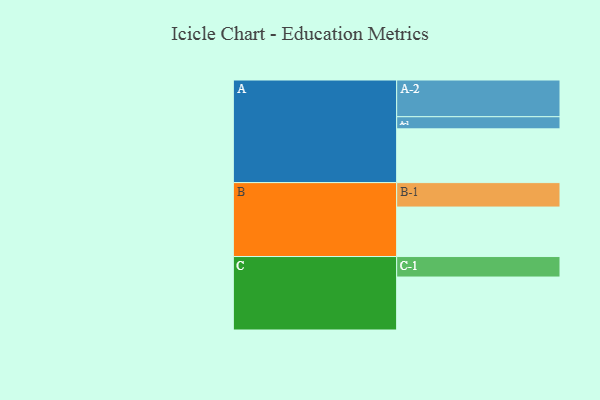
{"axis": {"x": "Segment", "y": "Value"}, "legend": ["", "A", "B", "C"], "data": [{"x": "A", "y": 341, "type": ""}, {"x": "B", "y": 314, "type": ""}, {"x": "C", "y": 336, "type": ""}, {"x": "A-1", "y": 77, "type": "A"}, {"x": "A-2", "y": 233, "type": "A"}, {"x": "B-1", "y": 155, "type": "B"}, {"x": "C-1", "y": 130, "type": "C"}]}